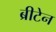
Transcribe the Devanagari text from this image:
ब्रीटेन